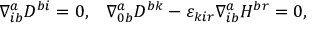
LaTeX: \nabla _ { i b } ^ { a } D ^ { b i } = 0 , \; \; \; \nabla _ { 0 b } ^ { a } D ^ { b k } - \varepsilon _ { k i r } \nabla _ { i b } ^ { a } H ^ { b r } = 0 ,